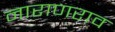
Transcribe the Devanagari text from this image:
नाराणराव